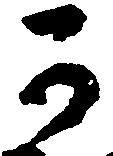
可